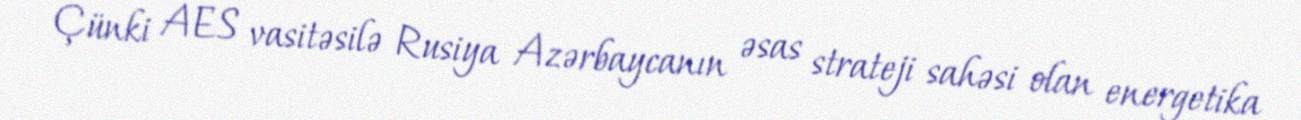
Çünki AES vasitəsilə Rusiya Azərbaycanın əsas strateji sahəsi olan energetika